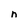
Character: n